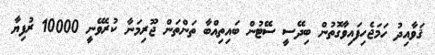
ޤަވާއިދު ހަމަޖެހިފައިވާގޮތުން ބިދޭސީ ސޭޓުން ބައިތިއްބާ ތަންތަން ޖޫރިމަނާ ކުރެވޭނީ 10000 ރުފިޔާ